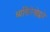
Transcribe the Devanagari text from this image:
व्यक्तिरेखेद्वारे